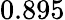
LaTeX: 0.895